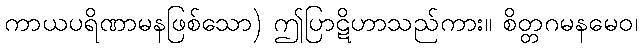
ကာယပရိဏာမနဖြစ်သော) ဤပြာဋိဟာသည်ကား။ စိတ္တဂမနမေဝ၊